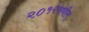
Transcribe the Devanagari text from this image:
२०१२मधील